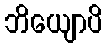
ဘိယျောပိ